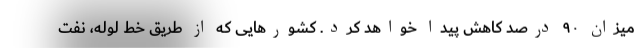
میزان ۹۰ درصد کاهش پیدا خواهد کرد. کشورهایی که از طریق خط لوله، نفت